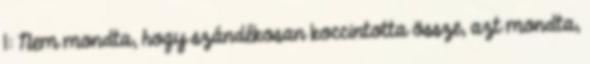
1: Nem mondta, hogy szándékosan koccintotta össze, azt mondta,